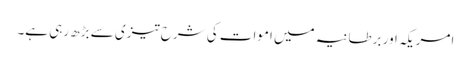
امریکہ اور برطانیہ میں اموات کی شرح تیزی سے بڑھ رہی ہے۔